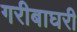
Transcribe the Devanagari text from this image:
गरीबाघरी